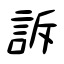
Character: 訴